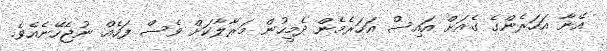
އޭނާ އަހަރެންގެ ގެއަށް އައިސް އަހަރެމެން ދެމީހުން މަރާލާކަށް ވެސް ފަހެއް ނުޖެހޭނެއެވެ.